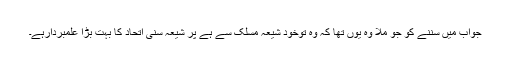
جواب میں سُننے کو جو ملا وہ یوں تھا کہ وہ توخود شیعہ مسلک سے ہے پر شیعہ سُنی اتحاد کا بہت بڑا علمبردارہے۔